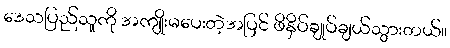
ဒေသပြည်သူကို အကျိုးမပေးတဲ့အပြင် ဖိနှိပ်ချုပ်ချယ်သွားတယ်။